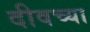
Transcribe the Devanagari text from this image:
दीवच्या